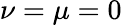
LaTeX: \nu=\mu=0